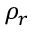
\rho _ { r }